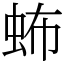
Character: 𧉩